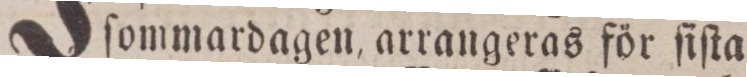
ſommardagen, arrangeras för ſiſta